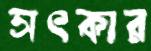
সৎকার